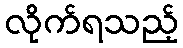
လိုက်ရသည့်